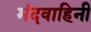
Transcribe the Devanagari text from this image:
मंदवाहिनी